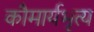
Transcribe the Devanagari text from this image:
कौमार्यभृत्य